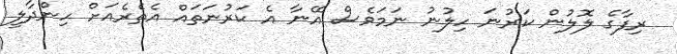
ރިފާގެ ލޮލުން ކަރުނަ ހިލުނު ނަމަވެސް އޭނާ އެ ކަރުނަތައް އެތެރެއަށް ހިންދާލީ